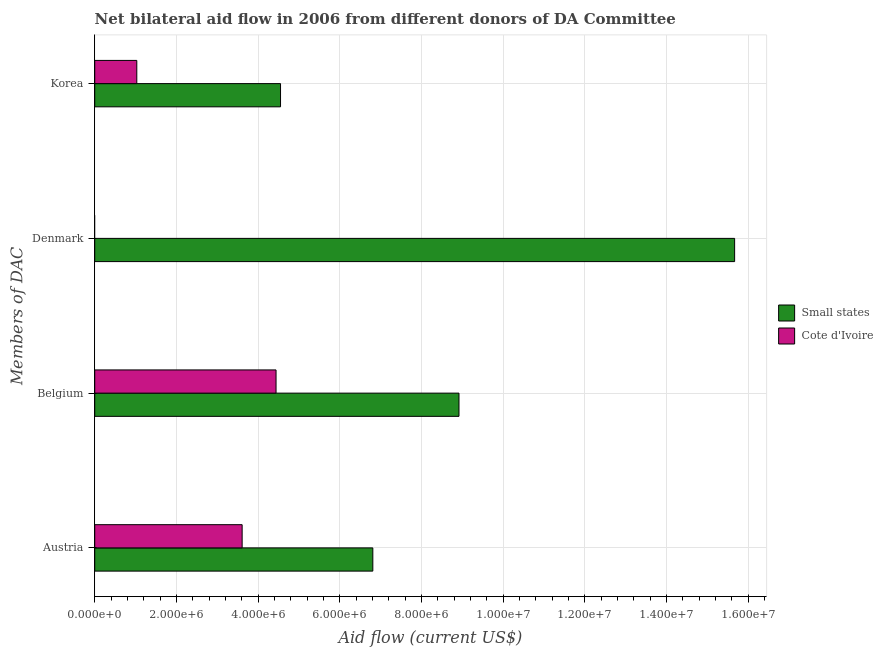
| Members of DAC | Small states | Cote d'Ivoire |
 | --- | --- | --- |
 | Austria | 6.81e+06 | 3.61e+06 |
 | Belgium | 8.92e+06 | 4.44e+06 |
 | Denmark | 1.57e+07 | -1.6e+05 |
 | Korea | 4.55e+06 | 1.03e+06 |